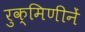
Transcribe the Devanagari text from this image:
रुक्मिणीनें